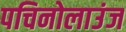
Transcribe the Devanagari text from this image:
पचिनोलाउंज